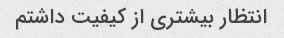
انتظار بیشتری از کیفیت داشتم